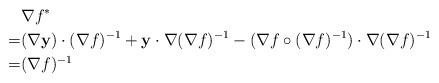
LaTeX: \begin{align*}&\nabla f^*\\=& (\nabla \mathbf{y})\cdot (\nabla f)^{-1}+\mathbf{y}\cdot\nabla(\nabla f)^{-1}-(\nabla f\circ (\nabla f)^{-1})\cdot\nabla(\nabla f)^{-1}\\=&(\nabla f)^{-1}\end{align*}